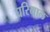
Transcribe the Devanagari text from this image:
घरियाल